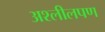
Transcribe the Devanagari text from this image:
अश्लीलपण